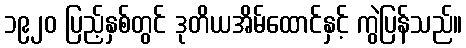
၁၉၂၀ ပြည့်နှစ်တွင် ဒုတိယအိမ်ထောင်နှင့် ကွဲပြန်သည်။